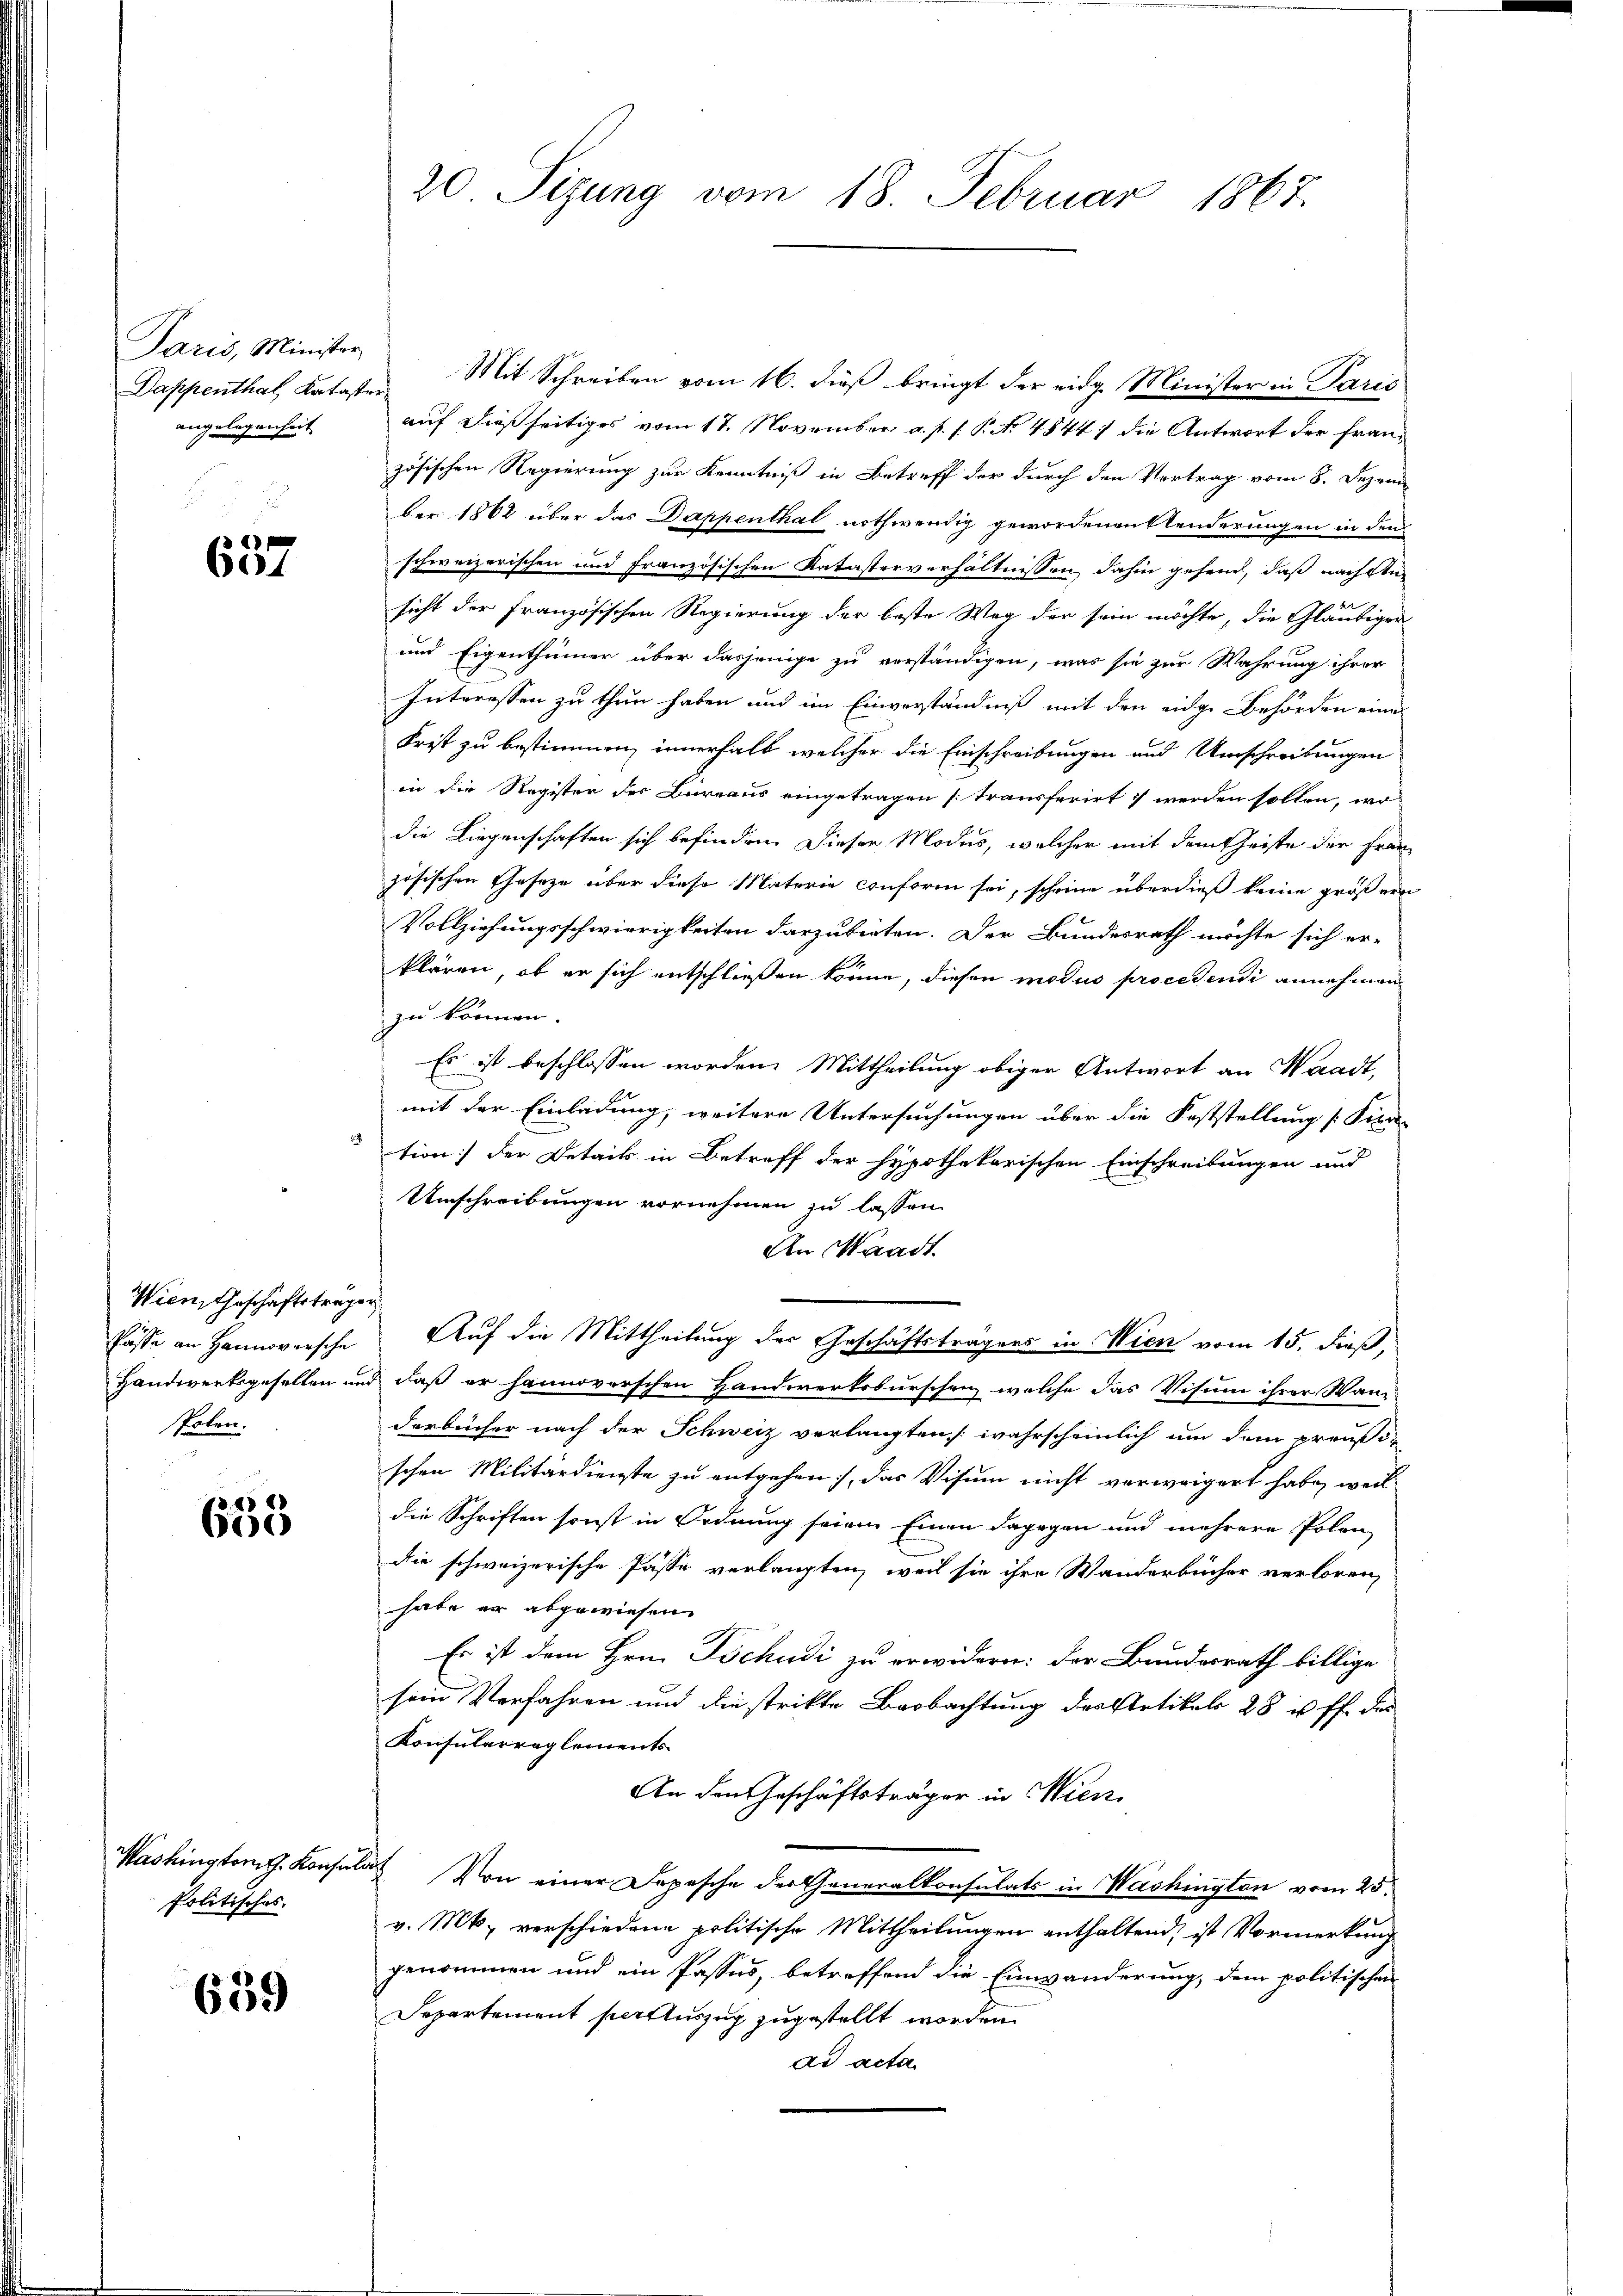
Paris, Minister
angelegenheit

637

Wien, Geschäftsträger
Polen.

14
600

Dappenthal Kataster Mit Schreiben vom 16. dieß bringt der eidg. Minister in Paris
auf dießseitiges vom 17. November a. p. s. P. No 4844) die Antwort der Französischen Regierung zur Kenntniß in Betreff der durch den Vertrag vom 8. Dezember 1862 über das Dappenthal nothwendig gewordenenstenderungen in den
schweizerischen und Französischen Katasterverhältnissen, dahin gehend, daß nachste
sicht der Französischen Regierung der beste Weg der sein möchte, die Gläubiger
und Eigenthümer über dasjenige zu verständigen, was sie zur Wahrung ihrer
Interessen zu thun haben und im Einverständniß mit den eidge Behörden eine
Frist zu bestimmen, innerhalb welcher die Einschreibungen und Umschreibungen
in die Register der Bureaus eingetragen transferirt werden sollen, wo
die Liegenschaften sich befinden. Dieser Modus, welcher mit dem Geiste der Franz
zösischen Gesetze über diese Materie conform sei, scheine überdieß keine größern
Vollziehungsschwierigkeiten darzubieten. Der Bundesrath möchte sich er-
klären, ob er sich entschließen könne, diesen modus procedendi annehmen
zu können.
Es ist beschlossen worden. Mittheilung obiger Antwort an Waadt,
mit der Einladung, weitere Untersuchungen über die Feststellung [Pipre-
tion der Details in Betreff der hypothekarischen Einschreibungen und
Umschreibungen vornehmen zu lassen.
An Waadt
Casse an Hannoversche Auf die Mittheilung des Geschäftsträgens in Wien vom 15. dieß,
Handwerksgesellen und daß er hannoverschen Handwerksburschen, welche das Visum ihrer Wan-
Dorbücher nach der Schweiz verlangten wahrscheinlich um dem preußischen Militärdienste zu entgehen, das Visum nicht verweigert habe, weil
die Schriften sonst in Ordnung seien Einen dagegen und mehrere Polen
die schweizerische Pässe verlangten, weil sie ihre Wanderbücher verloren,
habe er abgewiesen.
Es ist dem Hrn. Tschudi zu erwidern: der Bundesrath billige
sein Verfahren und die strikte Beobachtung des Artikels 28 u. ff. des
Konsularreglements
An den Geschäftsträger in Wien
Washingtont. Konsulat Von einer Depesche der Generalkonsulats in Washington vom 25.
v. Mts. verschiedene politische Mittheilungen enthaltend, ist Vormerkung
genommen und ein Passus, betreffend die Einwänderung, dem politischen
Departement per Auszug zugestellt worden
ad acta

Politisches.

659

20. Sizung vom 18. Februar 1867.